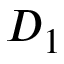
D _ { 1 }